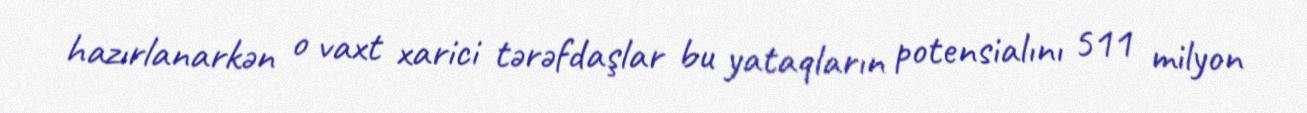
hazırlanarkən o vaxt xarici tərəfdaşlar bu yataqların potensialını 511 milyon